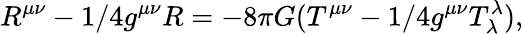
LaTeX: R^{\mu\nu}-1/4g^{\mu\nu}R=-8\pi G(T^{\mu\nu}-1/4g^{\mu\nu}T_{\lambda}^{\lambda}),